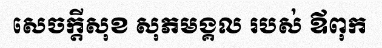
សេចក្តីសុខ សុភមង្គល របស់ ឪពុក